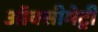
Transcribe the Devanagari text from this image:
ऑक्सीमेट्री